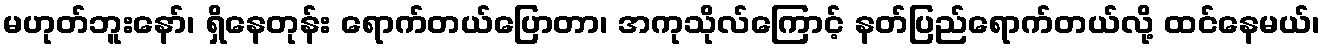
မဟုတ်ဘူးနော်၊ ရှိနေတုန်း ရောက်တယ်ပြောတာ၊ အကုသိုလ်ကြောင့် နတ်ပြည်ရောက်တယ်လို့ ထင်နေမယ်၊